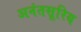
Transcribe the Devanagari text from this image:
अनंतसूरिय